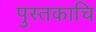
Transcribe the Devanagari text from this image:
पुस्तकाचि